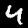
Label: 4